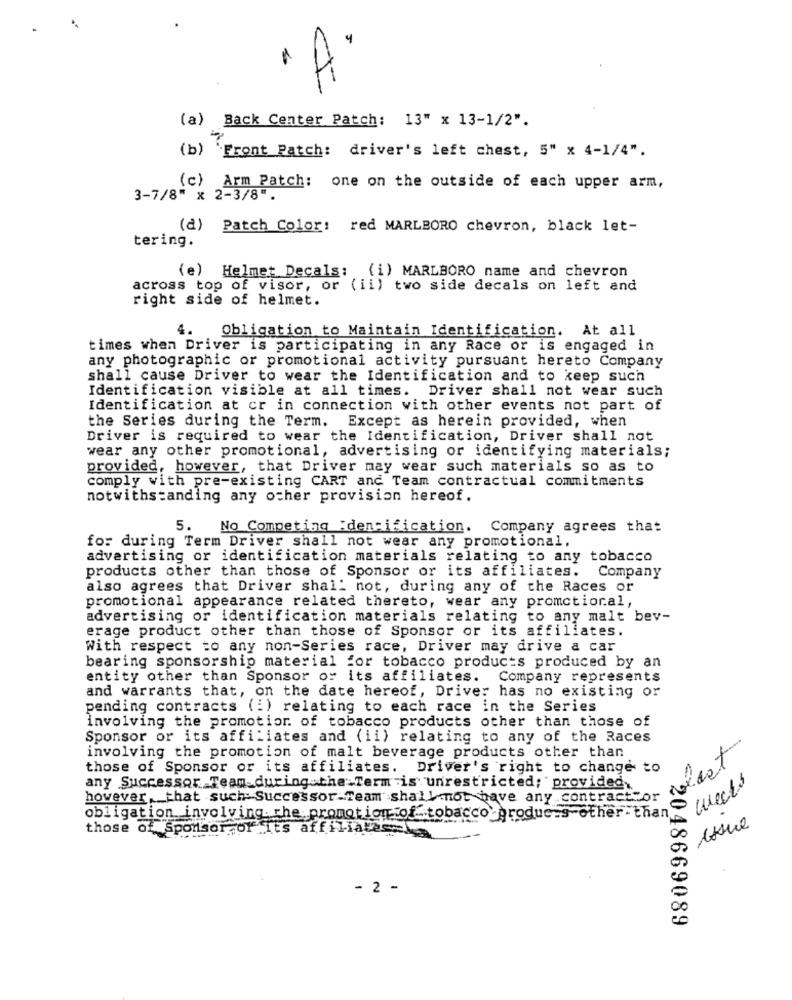
"A"
(a) Back Center Patch: 13" x 13-1/2".
(b) Front Patch: driver's left chest, 5" x 4-1/4".
(c) Arm Patch: one on the outside of each upper arm,
3-7/8" x 2-3/8".
(d) Patch Color: red MARLBORO chevron, black let-
tering.
(e) Helmet Decals: (i) MARLBORO name and chevron
across top of visor, or (ii) two side decals on left and
right side of helmet.
4.
Obligation to Maintain Identification. At all
times when Driver is participating in any Race or is engaged in
any photographic or promotional activity pursuant hereto Company
shall cause Driver to wear the Identification and to keep such
Identification visible at all times. Driver shall not wear such
Identification at cr in connection with other events not part of
the Series during the Term. Except as herein provided, when
Driver is required to wear the Identification, Driver shall not
wear any other promotional, advertising or identifying materials;
provided, however, that Driver may wear such materials so as to
comply with pre-existing CART and Team contractual commitments
notwithstanding any other provision hereof.
5.
No Competing :dentification. Company agrees that
for during Term Driver shall not wear any promotional,
advertising or identification materials relating to any tobacco
products other than those of Sponsor or its affiliates.
Company
also agrees that Driver shall not, during any of the Races or
promotional appearance related thereto, wear any promotional,
advertising or identification materials relating to any malt bev-
erage product other than those of Sponsor or its affiliates.
With respect to any non-Series race, Driver may drive a car
bearing sponsorship material for tobacco products produced by an
entity other than Sponsor or its affiliates. Company represents
and warrants that, on the date hereof, Driver has no existing or
pending contracts (:) relating to each race in the Series
involving the promotion of tobacco products other than those of
Sponsor or its affiliates and (ii) relating to any of the Races
involving the promotion of malt beverage products other than
those of Sponsor or its affiliates. Driver's right to change to
weeks
any Successor Team during the Term is unrestricted; provided.
however,that such:Successor-Team shall not have any contractfor
obligation involving the promotion of tobacco products-other than
those of Sponsor or Its affiliateske
- 2 -
722048669080